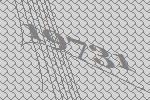
19731